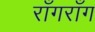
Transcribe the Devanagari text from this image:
राँगराँग